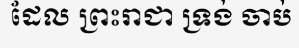
ដែល ព្រះរាជា ទ្រង់ ចាប់